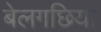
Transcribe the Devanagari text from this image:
बेलगछिया